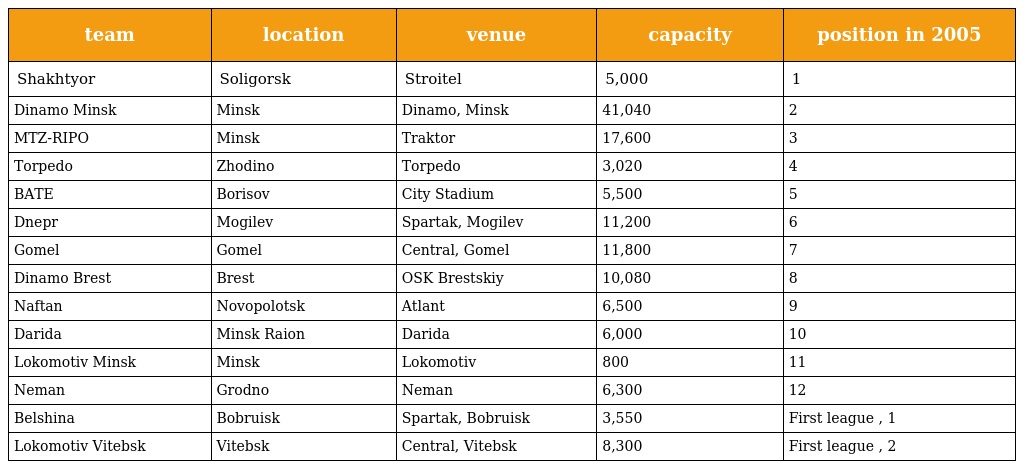
| team | location | venue | capacity | position in 2005 |
 | --- | --- | --- | --- | --- |
 | Shakhtyor | Soligorsk | Stroitel | 5,000 | 1 |
 | Dinamo Minsk | Minsk | Dinamo, Minsk | 41,040 | 2 |
 | MTZ-RIPO | Minsk | Traktor | 17,600 | 3 |
 | Torpedo | Zhodino | Torpedo | 3,020 | 4 |
 | BATE | Borisov | City Stadium | 5,500 | 5 |
 | Dnepr | Mogilev | Spartak, Mogilev | 11,200 | 6 |
 | Gomel | Gomel | Central, Gomel | 11,800 | 7 |
 | Dinamo Brest | Brest | OSK Brestskiy | 10,080 | 8 |
 | Naftan | Novopolotsk | Atlant | 6,500 | 9 |
 | Darida | Minsk Raion | Darida | 6,000 | 10 |
 | Lokomotiv Minsk | Minsk | Lokomotiv | 800 | 11 |
 | Neman | Grodno | Neman | 6,300 | 12 |
 | Belshina | Bobruisk | Spartak, Bobruisk | 3,550 | First league , 1 |
 | Lokomotiv Vitebsk | Vitebsk | Central, Vitebsk | 8,300 | First league , 2 |